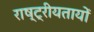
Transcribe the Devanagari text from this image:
राष्ट्रीयतायों